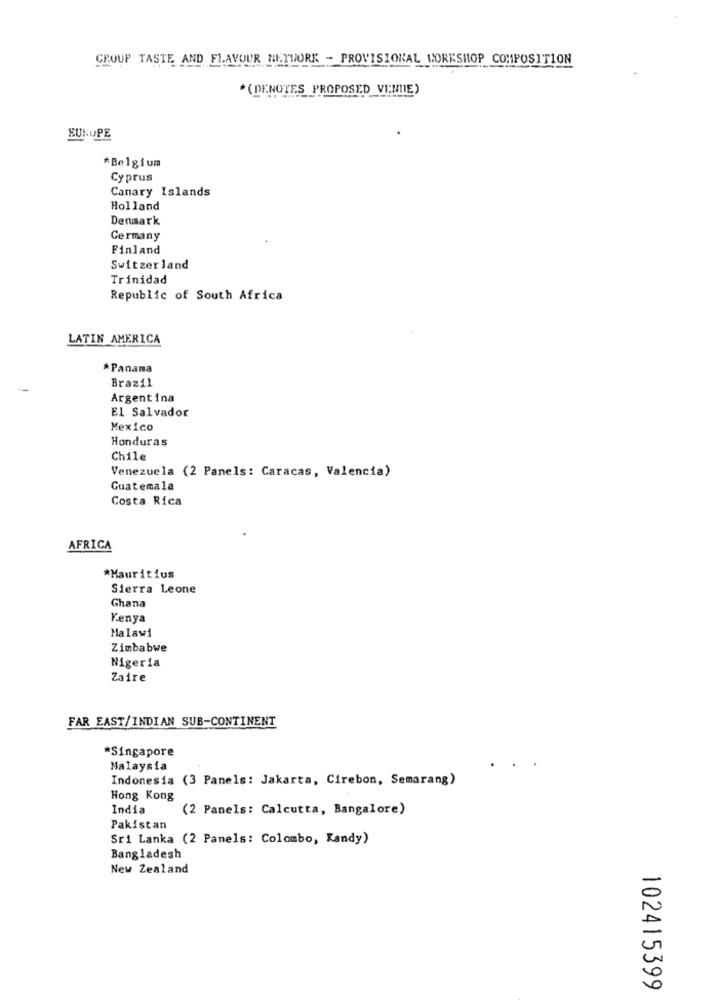
GROUP TASTE AND FLAVOUR HETWORK - PROVISIONAL WORKSHOP COMPOSITION
* (DENOTES PROPOSED VI:NIE)
EUNUPE
*Belgium
Cyprus
Canary Islands
Holland
Denmark
Germany
Finland
Switzerland
Trinidad
Republic of South Africa
LATIN AMERICA
*Panama
Brazil
Argentina
El Salvador
Mexico
Honduras
Chile
Venezuela (2 Panels: Caracas, Valencia)
Guatemala
Costa Rica
AFRICA
*Mauritius
Sierra Leone
Ghana
Kenya
Malawi
Zimbabwe
Nigeria
Zaire
FAR EAST/INDIAN SUB-CONTINENT
*Singapore
Malaysia
Indonesia (3 Panels: Jakarta, Cirebon, Semarang)
Hong Kong
India
(2 Panels: Calcutta, Bangalore)
Pakistan
Sri Lanka (2 Panels: Colombo, Kandy)
Bangladesh
New Zealand
102415399